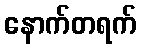
နောက်တရက်